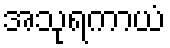
အသုရကာယံ